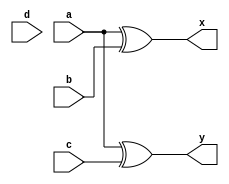
module en42(a,b,c,d,x,y);
output x,y;
input a,b,c,d;
  xor (x , a , b);
  xor (y , a , c);
endmodule